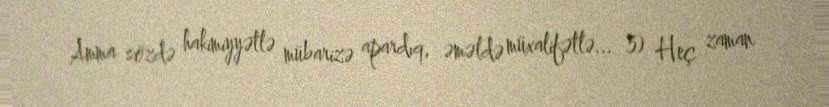
Amma sözdə hakimiyyətlə mübarizə apardıq, əməldə müxalifətlə... 5) Heç zaman